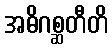
အဓိဂစ္ဆတီတိ